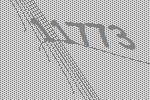
11773